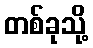
တစ်ခုသို့